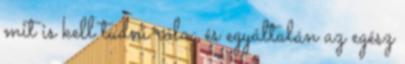
mit is kell tudni róla; és egyáltalán az egész